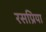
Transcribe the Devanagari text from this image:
रसप्रिया